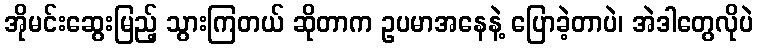
အိုမင်းဆွေးမြည့် သွားကြတယ် ဆိုတာက ဥပမာအနေနဲ့ ပြောခဲ့တာပဲ၊ အဲဒါတွေလိုပဲ